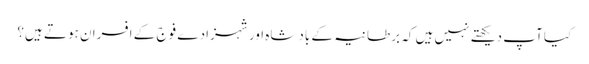
کیا آپ دیکھتے نہیں ہیں کہ برطانیہ کے بادشاہ اور شہزادے فوج کے افسران ہوتے ہیں؟